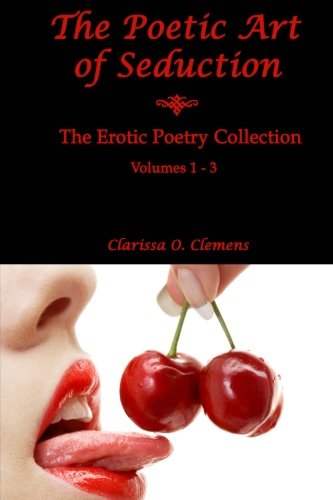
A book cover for The Poetic Art of Seduction: Erotic Poetry Collection - Volumes 1 - 3; Clarissa O. Clemens; Romance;